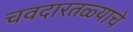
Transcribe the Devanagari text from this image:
चवदारतळ्याचे